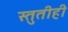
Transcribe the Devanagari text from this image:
स्तुतीही